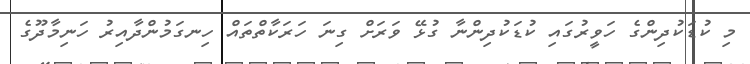
މި ކުޑަކުދިންގެ ހަވީރުގައި ކުޑަކުދިންނާ ގުޅޭ ވަރަށް ގިނަ ހަރަކާތްތައް ހިނގަމުންދާއިރު ހަނިމާދޫގެ